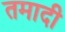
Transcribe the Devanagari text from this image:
तमादी